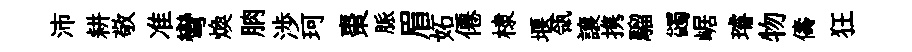
沛耕敬准彎煥朒渉珂棗脈眉妬僊棣堰瓴譲携騮蠲崌璿物儔狂